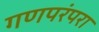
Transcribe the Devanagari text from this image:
गणपरंपरा